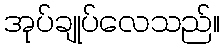
အုပ်ချုပ်လေသည်။